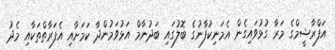
އަފްރާޝީމްގެ މަރާ ގުޅުވައިގެން އެމަނިކުފާނުގެ ބޮލުގައި ބަދުނާމް އަޅުވަމުންދާ ކަމަށާއި އެފަރާތްތަކާއި މެދު